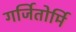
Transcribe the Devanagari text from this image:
गर्जितोर्मि